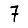
Digit: 7